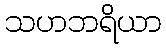
သဟဘရိယာ